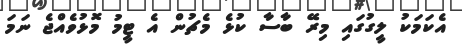
އެކަމަކު ލީގުގައި މިރޭ ބާސާ ކުޅެ މެޗުން އެ ޓީމު މޮޅުވެއްޖެ ނަަމަ